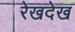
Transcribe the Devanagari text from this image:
रेखदेख